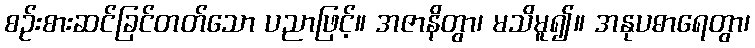
စဉ်းစားဆင်ခြင်တတ်သော ပညာဖြင့်။ အဇာနိတွာ၊ မသိမူ၍။ အနုပဓာရေတွာ၊